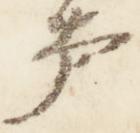
声